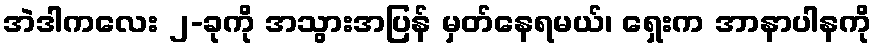
အဲဒါကလေး ၂-ခုကို အသွားအပြန် မှတ်နေရမယ်၊ ရှေးက အာနာပါနကို